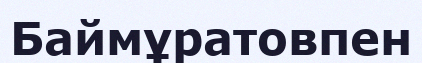
Баймұратовпен